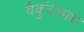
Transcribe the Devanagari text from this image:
वैकुंठनाथ